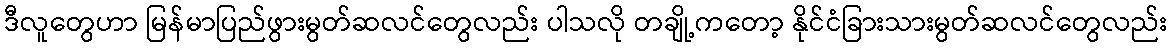
ဒီလူတွေဟာ မြန်မာပြည်ဖွားမွတ်ဆလင်တွေလည်း ပါသလို တချို့ကတော့ နိုင်ငံခြားသားမွတ်ဆလင်တွေလည်း